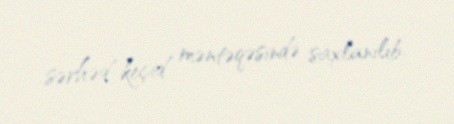
sərhəd-keçid məntəqəsində saxlanılıb.